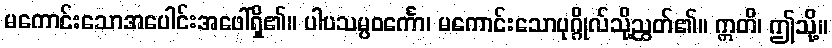
မကောင်းသောအပေါင်းအဖေါ်ရှိ၏။ ပါပသမ္ပဝင်္ကော၊ မကောင်းသောပုဂ္ဂိုလ်သို့ညွတ်၏။ ဣတိ၊ ဤသို့။